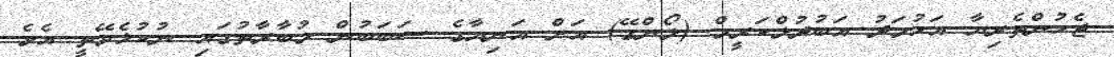
ޖެހުންތެރިޔާ އަހުމަދު އަބުދުލްކަރީމް (ލޯންގޭ) އަށް އަނިޔާގެ ސަބަބުން މުބާރާތުގައި ނުކުޅެވޭތީ އެވެ.